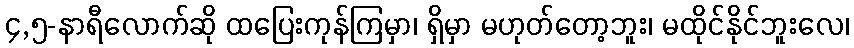
၄,၅-နာရီလောက်ဆို ထပြေးကုန်ကြမှာ၊ ရှိမှာ မဟုတ်တော့ဘူး၊ မထိုင်နိုင်ဘူးလေ၊